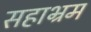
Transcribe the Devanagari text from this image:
सहाभ्रम